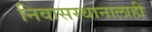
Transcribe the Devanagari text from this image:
निवासस्थानालाही